Vaccination in Bombay 1869-1873 - 1869-1873
Year: 1869
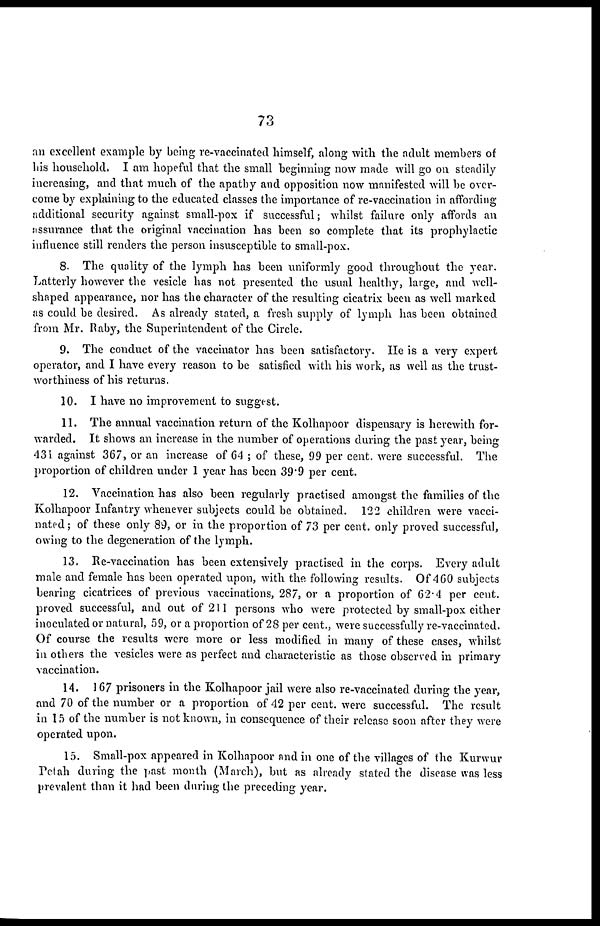
73
an excellent example by being re-vaccinated himself, along with the adult members of
his household. I am hopeful that the small beginning now made will go on steadily
increasing, and that much of the apathy and opposition now manifested will be over-
come by explaining to the educated classes the importance of re-vaccination in affording
additional security against small-pox if successful; whilst failure only affords an
assurance that the original vaccination has been so complete that its prophylactic
influence still renders the person insusceptible to small-pox.
8. The quality of the lymph has been uniformly good throughout the year.
Latterly however the vesicle has not presented the usual healthy, large, and well-
shaped appearance, nor has the character of the resulting cicatrix been as well marked
as could be desired. As already stated, a fresh supply of lymph has been obtained
from Mr. Raby, the Superintendent of the Circle.
9. The conduct of the vaccinator has been satisfactory. He is a very expert
operator, and I have every reason to be satisfied with his work, as well as the trust-
worthiness of his returns.
10. I have no improvement to suggest.
11. The annual vaccination return of the Kolhapoor dispensary is herewith for-
warded. It shows an increase in the number of operations during the past year, being
431 against 367, or an increase of 64 ; of these, 99 per cent. were successful. The
proportion of children under 1 year has been 39.9 per cent.
12. Vaccination has also been regularly practised amongst the families of the
Kolhapoor Infantry whenever subjects could be obtained. 122 children were vacci-
nated; of these only 89, or in the proportion of 73 per cent. only proved successful,
owing to the degeneration of the lymph.
13. Re-vaccination has been extensively practised in the corps. Every adult
male and female has been operated upon, with the following results. Of 460 subjects
bearing cicatrices of previous vaccinations, 287, or a proportion of 62.4 per cent.
proved successful, and out of 211 persons who were protected by small-pox either
inoculated or natural, 59, or a proportion of 28 per cent., were successfully re-vaccinated.
Of course the results were more or less modified in many of these cases, whilst
in others the vesicles were as perfect and characteristic as those observed in primary
vaccination.
14. 167 prisoners in the Kolhapoor jail were also re-vaccinated during the year,
and 70 of the number or a proportion of 42 per cent. were successful. The result
in 15 of the number is not known, in consequence of their release soon after they were
operated upon.
15. Small-pox appeared in Kolhapoor and in one of the villages of the Kurwur
Petah during the past month (March), but as already stated the disease was less
prevalent than it had been during the preceding year.